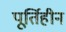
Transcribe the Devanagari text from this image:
पूर्तिहीन